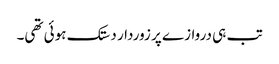
تب ہی دروازے پر زوردار دستک ہوئی تھی۔